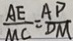
\frac { A E } { M C } = \frac { A P } { D M }